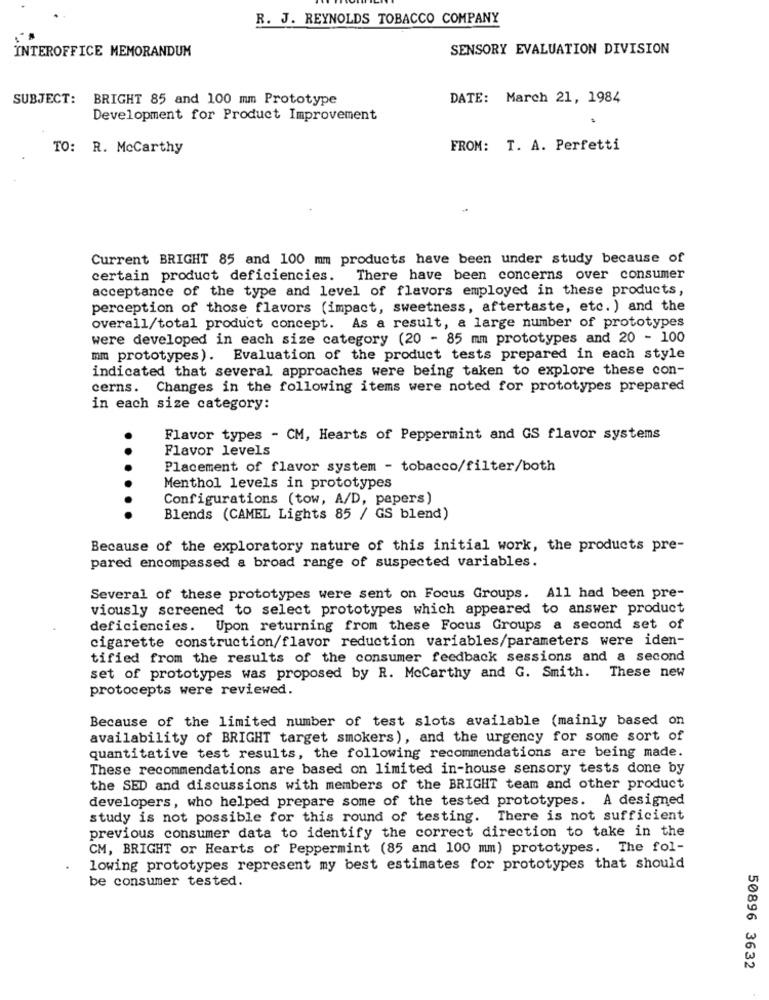
R. J. REYNOLDS TOBACCO COMPANY
INTEROFFICE MEMORANDUM
SENSORY EVALUATION DIVISION
SUBJECT:
BRIGHT 85 and 100 mm Prototype
DATE: March 21, 1984
Development for Product Improvement
TO: R. McCarthy
FROM: T. A. Perfetti
Current BRIGHT 85 and 100 mm products have been under study because of
certain product deficiencies. There have been concerns over consumer
acceptance of the type and level of flavors employed in these products,
perception of those flavors (impact, sweetness, aftertaste, etc. ) and the
overall/total product concept. As a result, a large number of prototypes
were developed in each size category (20 - 85 mm prototypes and 20 - 100
mm prototypes). Evaluation of the product tests prepared in each style
indicated that several approaches were being taken to explore these con-
cerns. Changes in the following items were noted for prototypes prepared
in each size category:
Flavor types - CM, Hearts of Peppermint and GS flavor systems
Flavor levels
Placement of flavor system - tobacco/filter/both
Menthol levels in prototypes
Configurations (tow, A/D, papers)
Blends (CAMEL Lights 85 / GS blend)
Because of the exploratory nature of this initial work, the products pre-
pared encompassed a broad range of suspected variables.
Several of these prototypes were sent on Focus Groups. All had been pre-
viously screened to select prototypes which appeared to answer product
deficiencies. Upon returning from these Focus Groups a second set of
cigarette construction/flavor reduction variables/parameters were iden-
tified from the results of the consumer feedback sessions and a second
set of prototypes was proposed by R. Mccarthy and G. Smith. These new
protocepts were reviewed.
Because of the limited number of test slots available (mainly based on
availability of BRIGHT target smokers), and the urgency for some sort of
quantitative test results, the following recommendations are being made.
These recommendations are based on limited in-house sensory tests done by
the SED and discussions with members of the BRIGHT team and other product
developers, who helped prepare some of the tested prototypes. A designed
study is not possible for this round of testing. There is not sufficient
previous consumer data to identify the correct direction to take in the
CM, BRIGHT or Hearts of Peppermint (85 and 100 mm) prototypes. The fol-
lowing prototypes represent my best estimates for prototypes that should
be consumer tested.
50896 3632